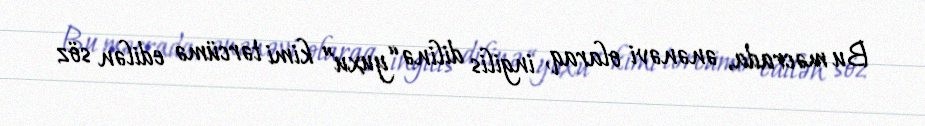
Bu məcrada, ənənəvi olaraq, ingilis dilinə “yuxu” kimi tərcümə edilən söz